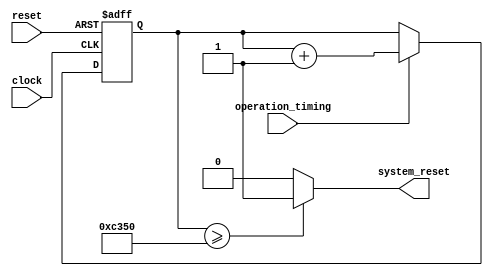
module watchdog_timer (
    input clock,
    input reset,
    input operation_timing,
    output system_reset
);

reg [31:0] timer_count;

always @(posedge clock or posedge reset) begin
    if (reset)
        timer_count <= 0;
    else if (operation_timing)
        timer_count <= timer_count + 1;
end

always @* begin
    if (timer_count >= 50000) // specify time limit
        system_reset = 1;
    else
        system_reset = 0;
end

endmodule